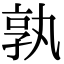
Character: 孰